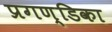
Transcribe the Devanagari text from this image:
प्रगण्डिका